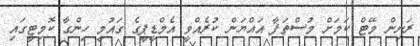
ރަނިން މޭޓް ކަމަށް މުސްތަފާ އައްޔަން ކުރެއްވީ އެމްޑީޕީގެ ގައުމީ ހިންގާ ކޮމިޓީގައި